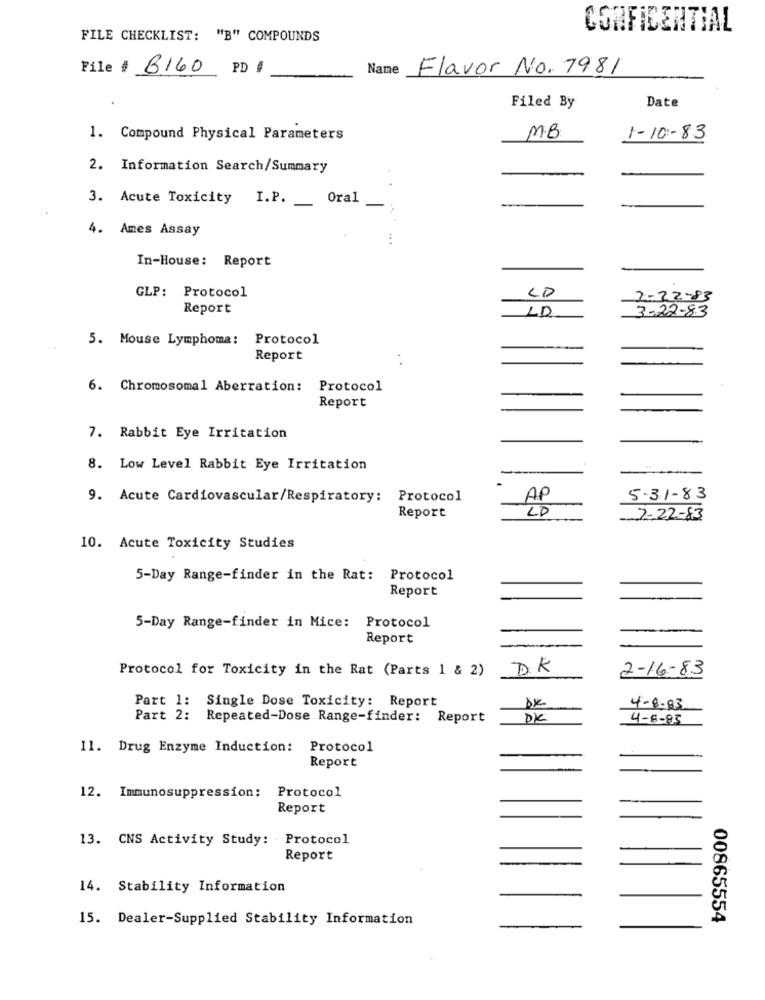
CONFIDENTIAL
FILE CHECKLIST: "B" COMPOUNDS
File # B160
PD #
Name
Flavor No. 7981
Date
Filed By
1. Compound Physical Parameters
MB
1-10 :- 83
2. Information Search/Summary
-
3. Acute Toxicity
I.P.
Oral
4. Ames Assay
.. .
In-House: Report
LD
GLP: Protocol
Report
3-22-83
5. Mouse Lymphoma: Protocol
Report
6. Chromosomal Aberration: Protocol
Report
7. Rabbit Eye Irritation
8. Low Level Rabbit Eye Irritation
9. Acute Cardiovascular/Respiratory: Protocol
AP
5-31-83
LD
Report
7-22-83
10. Acute Toxicity Studies
5-Day Range-finder in the Rat:
Protocol
Report
5-Day Range-finder in Mice: Protocol
Report
Protocol for Toxicity in the Rat (Parts 1 & 2)
D. K
2-16-83
Part 1: Single Dose Toxicity: Report
4-8-83
Part 2:
Repeated-Dose Range-finder: Report
DK
4-8-83
11. Drug Enzyme Induction:
Protocol
Report
12. Immunosuppression: Protocol
Report
13. CNS Activity Study: Protocol
Report
14. Stability Information
15. Dealer-Supplied Stability Information
00865554